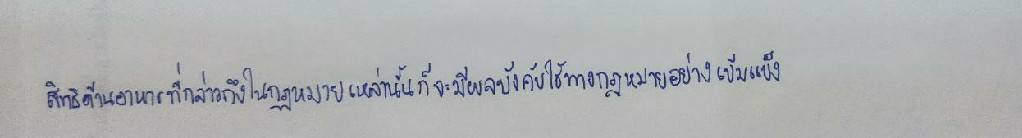
สิทธิด้านอาหารที่กล่าวถึงในกฎหมายเหล่านั้นก็จะมีผลบังคับใช้ทางกฎหมายอย่างเข้มแข็ง